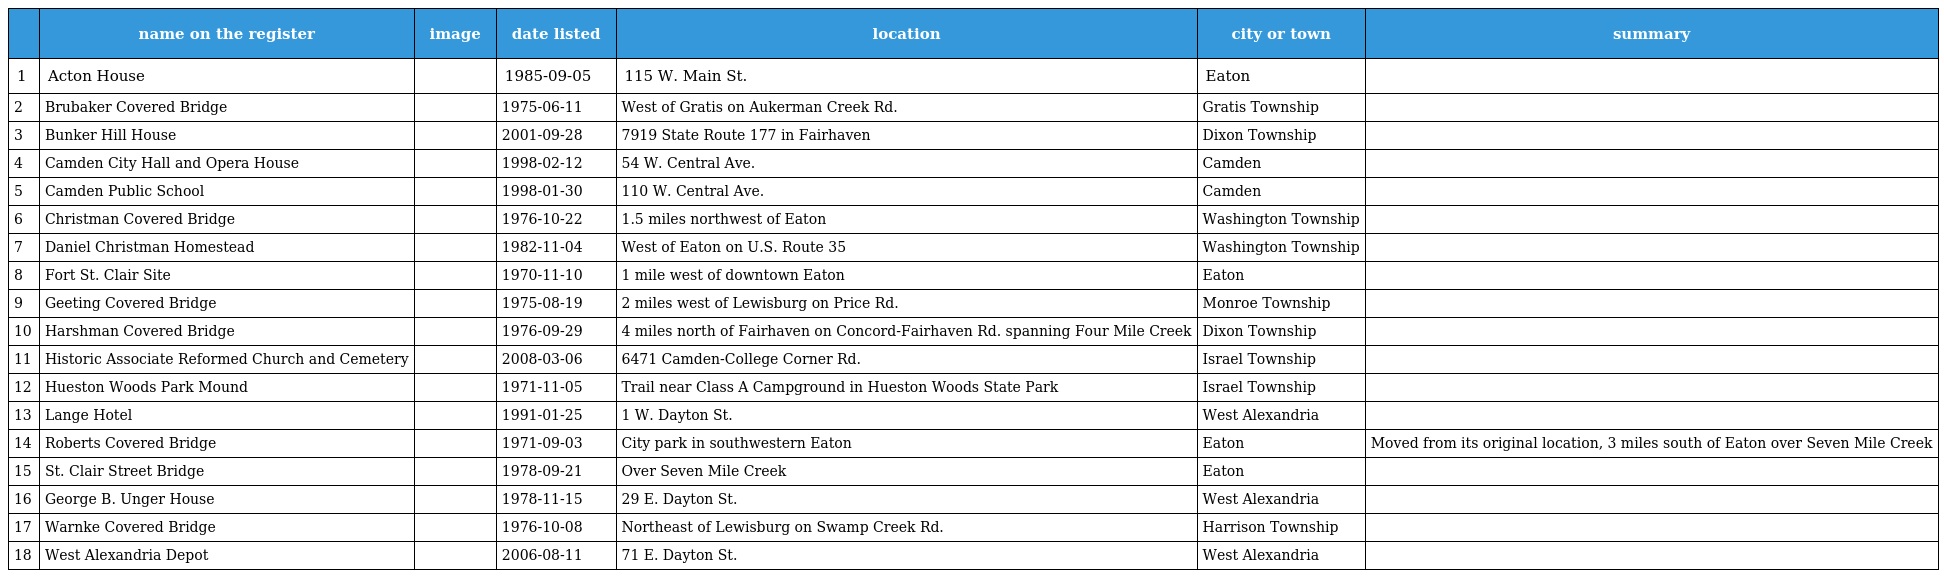
|  | name on the register | image | date listed | location | city or town | summary |
 | --- | --- | --- | --- | --- | --- | --- |
 | 1 | Acton House |  | 1985-09-05 | 115 W. Main St. | Eaton |  |
 | 2 | Brubaker Covered Bridge |  | 1975-06-11 | West of Gratis on Aukerman Creek Rd. | Gratis Township |  |
 | 3 | Bunker Hill House |  | 2001-09-28 | 7919 State Route 177 in Fairhaven | Dixon Township |  |
 | 4 | Camden City Hall and Opera House |  | 1998-02-12 | 54 W. Central Ave. | Camden |  |
 | 5 | Camden Public School |  | 1998-01-30 | 110 W. Central Ave. | Camden |  |
 | 6 | Christman Covered Bridge |  | 1976-10-22 | 1.5 miles northwest of Eaton | Washington Township |  |
 | 7 | Daniel Christman Homestead |  | 1982-11-04 | West of Eaton on U.S. Route 35 | Washington Township |  |
 | 8 | Fort St. Clair Site |  | 1970-11-10 | 1 mile west of downtown Eaton | Eaton |  |
 | 9 | Geeting Covered Bridge |  | 1975-08-19 | 2 miles west of Lewisburg on Price Rd. | Monroe Township |  |
 | 10 | Harshman Covered Bridge |  | 1976-09-29 | 4 miles north of Fairhaven on Concord-Fairhaven Rd. spanning Four Mile Creek | Dixon Township |  |
 | 11 | Historic Associate Reformed Church and Cemetery |  | 2008-03-06 | 6471 Camden-College Corner Rd. | Israel Township |  |
 | 12 | Hueston Woods Park Mound |  | 1971-11-05 | Trail near Class A Campground in Hueston Woods State Park | Israel Township |  |
 | 13 | Lange Hotel |  | 1991-01-25 | 1 W. Dayton St. | West Alexandria |  |
 | 14 | Roberts Covered Bridge |  | 1971-09-03 | City park in southwestern Eaton | Eaton | Moved from its original location, 3 miles south of Eaton over Seven Mile Creek |
 | 15 | St. Clair Street Bridge |  | 1978-09-21 | Over Seven Mile Creek | Eaton |  |
 | 16 | George B. Unger House |  | 1978-11-15 | 29 E. Dayton St. | West Alexandria |  |
 | 17 | Warnke Covered Bridge |  | 1976-10-08 | Northeast of Lewisburg on Swamp Creek Rd. | Harrison Township |  |
 | 18 | West Alexandria Depot |  | 2006-08-11 | 71 E. Dayton St. | West Alexandria |  |